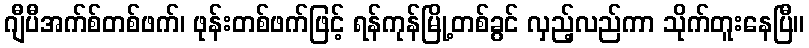
ဂျီပီအက်စ်တစ်ဖက်၊ ဖုန်းတစ်ဖက်ဖြင့် ရန်ကုန်မြို့တစ်ခွင် လှည့်လည်ကာ သိုက်တူးနေပြီ။